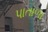
પાતાળા